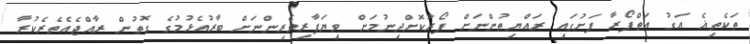
ތަކެތިޣެ އަގު އަތްފޯރާ ފަށުގައި ރައްޔިތުންނަށް ފޯރުކޮށްދިނުމަށް ވިޔަފާރިވެރިންނަށް ބާރުއެޅުމުގެ ގޮތުން ރާއްޖެއެތެރެކުރާ